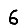
Digit: 6